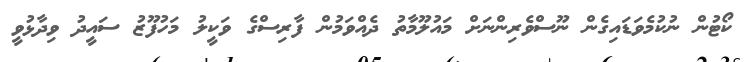
ކޯޓުން ނުކުމެވަޑައިގެން ނޫސްވެރިންނަށް މައުލޫމާތު ދެއްވަމުން ފާރިސްގެ ވަކީލު މަހުފޫޒު ސައީދު ވިދާޅުވީ